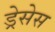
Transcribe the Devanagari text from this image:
ड्रेसेस